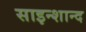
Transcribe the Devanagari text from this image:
साइन्शान्द